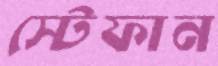
স্টেফান